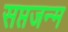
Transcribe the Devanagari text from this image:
सप्तजन्म